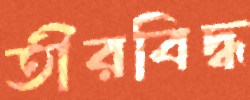
তীরবিদ্ধ